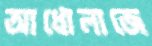
আধোলাজে